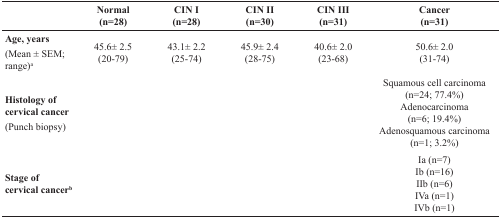
<table><thead><tr><td></td><td><b>Normal (n=28)</b></td><td><b>CIN I (n=28)</b></td><td><b>CIN II (n=30)</b></td><td><b>CIN III (n=31)</b></td><td><b>Cancer (n=31)</b></td></tr></thead><tbody><tr><td><b>Age, years</b> (Mean ± SEM; range)<sup>a</sup></td><td>45.6± 2.5 (20-79)</td><td>43.1± 2.2 (25-74)</td><td>45.9± 2.4 (28-75)</td><td>40.6± 2.0 (23-68)</td><td>50.6± 2.0 (31-74)</td></tr><tr><td><b>Histology of cervical cancer</b> (Punch biopsy)</td><td></td><td></td><td></td><td></td><td>Squamous cell carcinoma (n=24; 77.4%)Adenocarcinoma (n=6; 19.4%)Adenosquamous carcinoma (n=1; 3.2%)</td></tr><tr><td><b>Stage of cervical cancer<sup>b</sup></b></td><td></td><td></td><td></td><td></td><td>Ia (n=7)Ib (n=16)IIb (n=6)IVa (n=1)IVb (n=1)</td></tr></tbody></table>